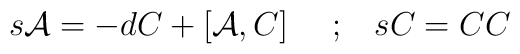
s{\cal A}=-dC+\left[ {\cal A},C\right] \,\,\,\,\,\,\,;\,\,\,\,\,sC=CC